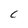
Character: C